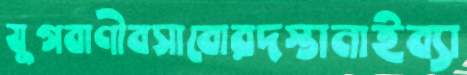
যুগবাণীবসাবোরদস্তানাইব্যা